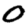
Digit: 0